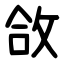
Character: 㪉